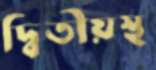
দ্বিতীয়স্থ